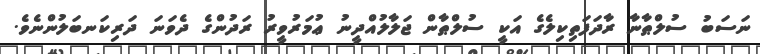
ނަސަބު ސުލްޠާނާ ރާދަފަތިކިލެގެ އަކީ ސުލްޠާން ޖަލާލުއްދީނު ޢުމަރުވީރު ރަދުންގެ ދެވަނަ ދަރިކަނބަލުންނެވެ.